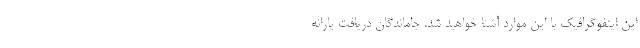
این اینفوگرافیک با این موارد آشنا خواهید شد. جاماندگان دریافت یارانه